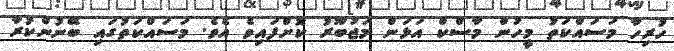
ހުރިހާ މަސައްކަތު މީހުން މާސްކް އަޅަން މަޖުބޫރު ކޮށްފައިވެ އެވެ. މަސައްކަތުގައި ބޭނުންކުރާ